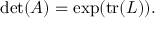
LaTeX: \operatorname* { d e t } ( A ) = \exp ( \operatorname { t r } ( L ) ) .